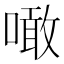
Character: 噉